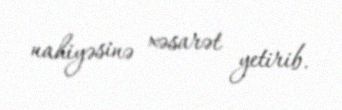
nahiyəsinə xəsarət yetirib.